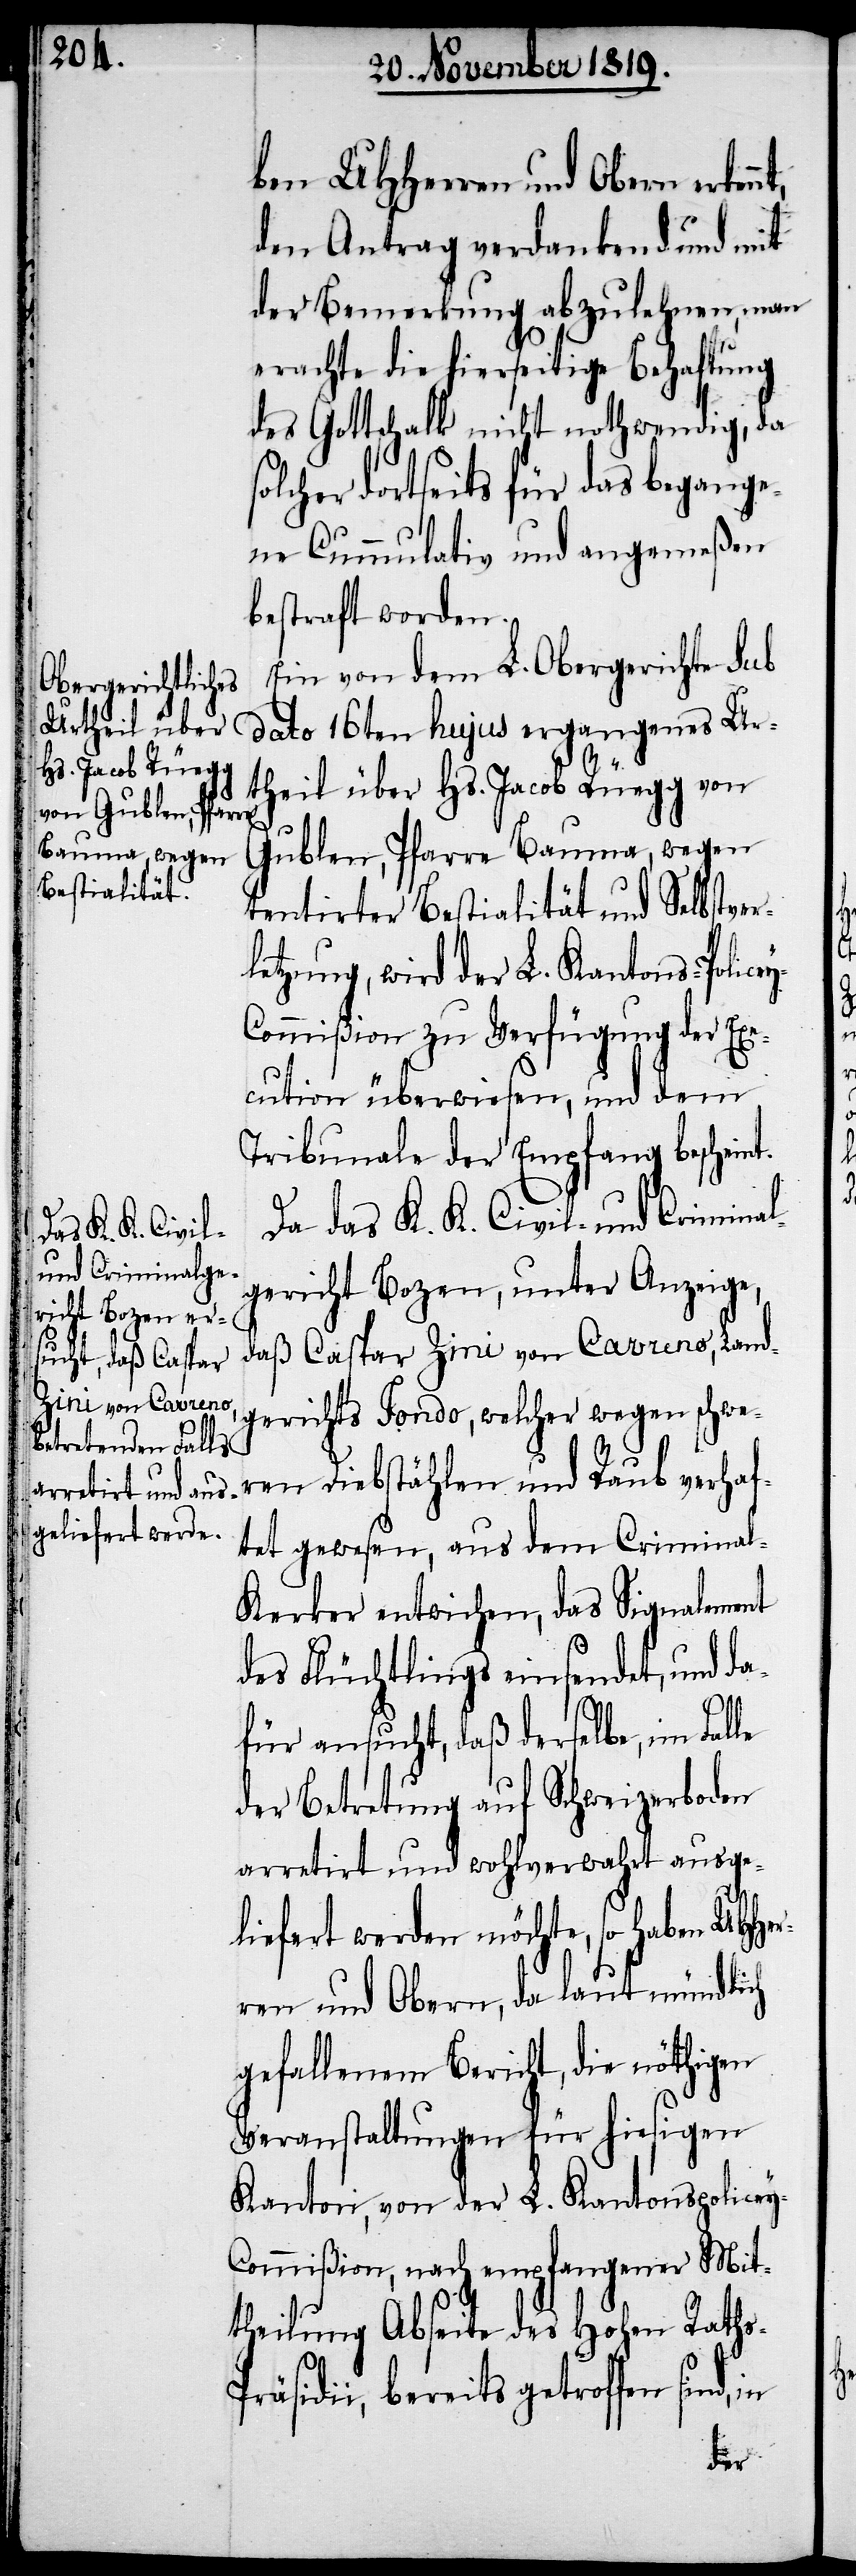
ben UHHerren und Obern erken¬
den Antrag verdankend und mit
der Bemerkung abzulehnen, man
erachte die hierseitige Behaftung
das Gottschalk nicht nothwendig, da
solcher dortseits für das begange¬
ne Cumulativ und angemeßen
bestraft worden.
Ein von dem L. Obergerichte sub
dato 16ten hujus ergangenes Ur¬
theil über Hs. Jacob Rüegg von
Gublen, Pfarre Bauma, wegen
tentirter Bestialität und Selbstver¬
letzung, wird der L. Kantons-Police¬
ommißion zu Verfügung der Exe¬
cution überwiesen, und dem
Tribunale der Empfang beschein¬
Da das K. K. Civil- und Criminal¬
gericht Bozen, unter Anzeige,
daß Caspar Zini von Cavreno, Land¬
gerichts Fondo, welcher wegen schwe¬
ren Diebstählen und Raub verhaf¬
tet gewesen, aus dem Crimina¬
l-Kerker entwischen, das Signalement
des Flüchtlings einsendet, und da¬
y-C¬
für ansucht, daß derselbe, im Falle
der Betretung auf Schweizerboden
arretirt und wohlverwahrt ausge¬
liefert werden möchte, so haben UH¬
ren und Obern, da laut mündlich
gefallenem Bericht, die nöthigen
Veranstaltungen für hiesigen
Kanton, von der L. Kantonspolice¬
ommißion, nach empfangener Mit¬
theilung Abseite des Hohen Raths-P¬
räsidii, bereits getroffen sind,